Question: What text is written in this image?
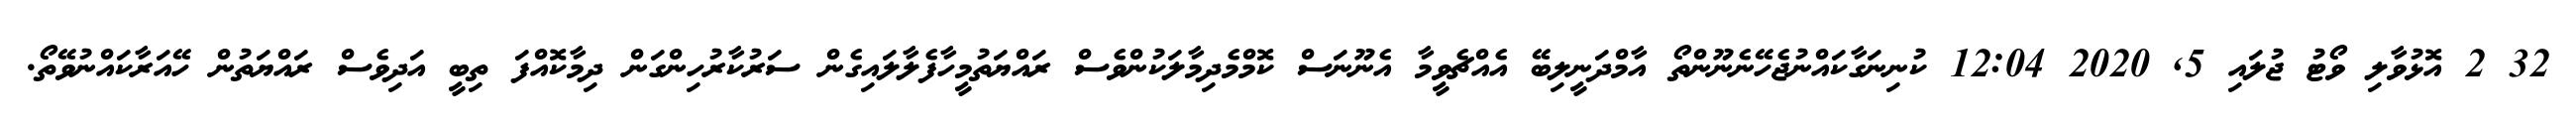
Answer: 32 2 އޮޅުވާލި ވޯޓު ޖުލައި 5, 2020 12:04 ކުނިނަގާކައްނުޖެހޭނެނޫންތޯ އާމްދަނީލިބޭ އެއްޗެވީމާ އެނޫނަސް ކޮމްމެދިމާލަކުންވެސް ރައްޔަތުމީހާފެލާލައިގެން ސަރުކާރުހިންގަން ދިމާކޮއްފަ ތިބީ އަދިވެސް ރައްޔަތުން ހޭއަރާކައްނުވޭތޯ.